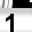
Digit: 1